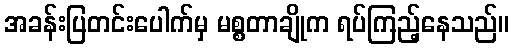
အခန်းပြတင်းပေါက်မှ မစ္စတာချိုက ရပ်ကြည့်နေသည်။